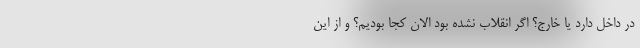
در داخل دارد يا خارج؟ اگر انقلاب نشده بود الان كجا بوديم؟ و از اين